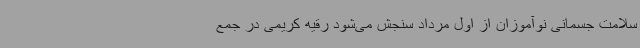
سلامت جسمانی نوآموزان از اول مرداد سنجش می‌شود رقیه کریمی در جمع